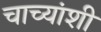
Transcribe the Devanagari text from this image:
चाच्यांशी